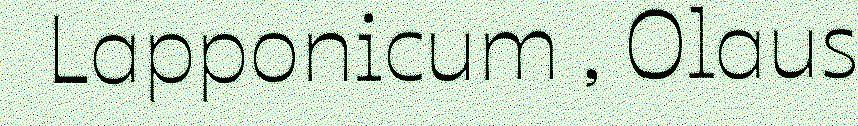
Lapponicum , Olaus